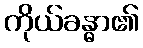
ကိုယ်ခန္ဓာ၏